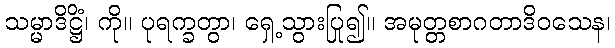
သမ္မာဒိဋ္ဌိံ၊ ကို။ ပုရက္ခတွာ၊ ရှေ့သွားပြု၍။ အမုတ္တစာဂတာဒိဝသေန၊